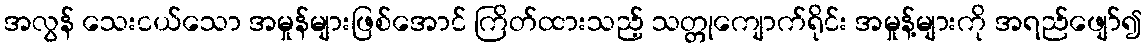
အလွန် သေးငယ်သော အမှုန်များဖြစ်အောင် ကြိတ်ထားသည့် သတ္တုကျောက်ရိုင်း အမှုန့်များကို အရည်ဖျော်၍